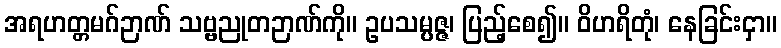
အရဟတ္တမဂ်ဉာဏ် သဗ္ဗညုတဉာဏ်ကို။ ဥပသမ္ပဇ္ဇ၊ ပြည့်စေ၍။ ဝိဟရိတုံ၊ နေခြင်းငှာ။